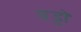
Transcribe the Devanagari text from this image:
यड्डो